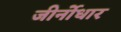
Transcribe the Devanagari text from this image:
जीर्नोधार